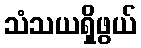
သံသယရှိဖွယ်